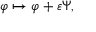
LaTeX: \varphi \mapsto \varphi + \varepsilon \Psi ,